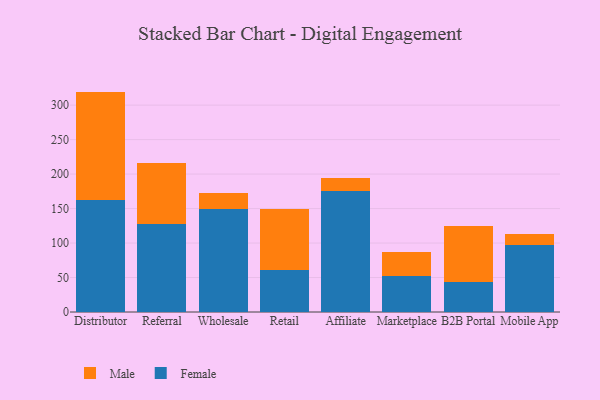
{"axis": {"x": "Channel", "y": "Website Visitors"}, "legend": ["Female", "Male"], "data": [{"x": "Distributor", "y": 162.2, "type": "Female"}, {"x": "Distributor", "y": 157.4, "type": "Male"}, {"x": "Referral", "y": 127.8, "type": "Female"}, {"x": "Referral", "y": 88.3, "type": "Male"}, {"x": "Wholesale", "y": 149.3, "type": "Female"}, {"x": "Wholesale", "y": 22.9, "type": "Male"}, {"x": "Retail", "y": 60.9, "type": "Female"}, {"x": "Retail", "y": 88.4, "type": "Male"}, {"x": "Affiliate", "y": 174.9, "type": "Female"}, {"x": "Affiliate", "y": 19.5, "type": "Male"}, {"x": "Marketplace", "y": 52.0, "type": "Female"}, {"x": "Marketplace", "y": 34.7, "type": "Male"}, {"x": "B2B Portal", "y": 43.0, "type": "Female"}, {"x": "B2B Portal", "y": 81.6, "type": "Male"}, {"x": "Mobile App", "y": 97.4, "type": "Female"}, {"x": "Mobile App", "y": 15.7, "type": "Male"}]}